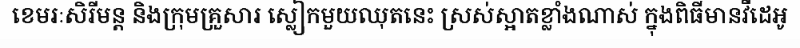
ខេមរៈសិរីមន្ត និងក្រុមគ្រួសារ ស្លៀកមួយឈុតនេះ ស្រស់ស្អាតខ្លាំងណាស់ ក្នុងពិធីមានវីដេអូ